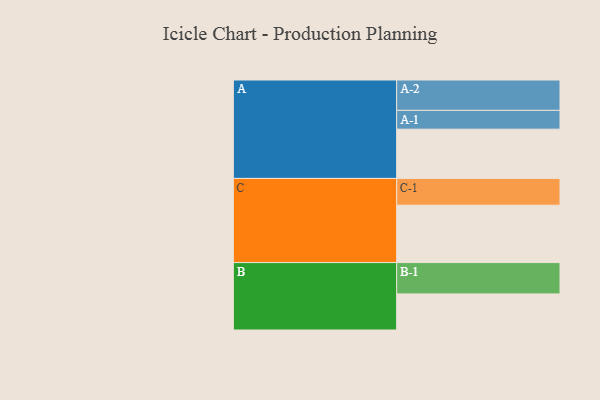
{"axis": {"x": "Segment", "y": "Value"}, "legend": ["", "A", "B", "C"], "data": [{"x": "A", "y": 456, "type": ""}, {"x": "B", "y": 334, "type": ""}, {"x": "C", "y": 531, "type": ""}, {"x": "A-1", "y": 174, "type": "A"}, {"x": "A-2", "y": 281, "type": "A"}, {"x": "B-1", "y": 290, "type": "B"}, {"x": "C-1", "y": 248, "type": "C"}]}